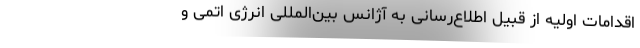
اقدامات اولیه از قبیل اطلاع‌رسانی به آژانس بین‌المللی انرژی اتمی و